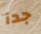
جدآ